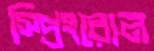
স্প্রিংরোল